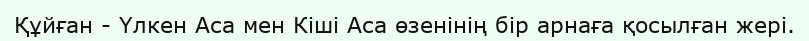
Құйған - Үлкен Аса мен Кіші Аса өзенінің бір арнаға қосылған жері.